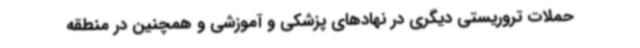
حملات تروریستی دیگری در نهادهای پزشکی و آموزشی و همچنین در منطقه